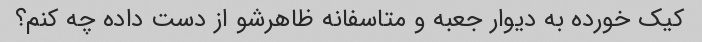
کیک خورده به دیوار جعبه و متاسفانه ظاهرشو از دست داده چه کنم؟